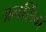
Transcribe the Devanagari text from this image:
अनसिंग